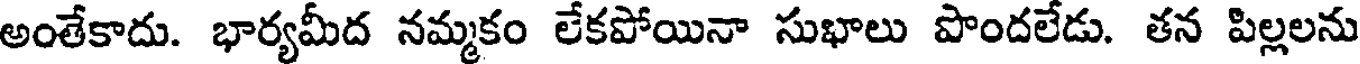
అంతేకాదు. భార్యమీద నమ్మకం లేకపోయినా సుభాలు పొందలేడు. తన పిల్లలను